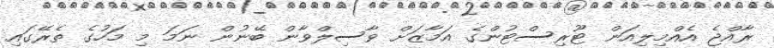
ރާއްޖެ އެއްމިލިއަން ޓޫރިސްޓުންގެ އަމާޒަށް ވާސިލްވާން ބޭނުން ނަމަ މި މަހުގެ ތެރޭގައި